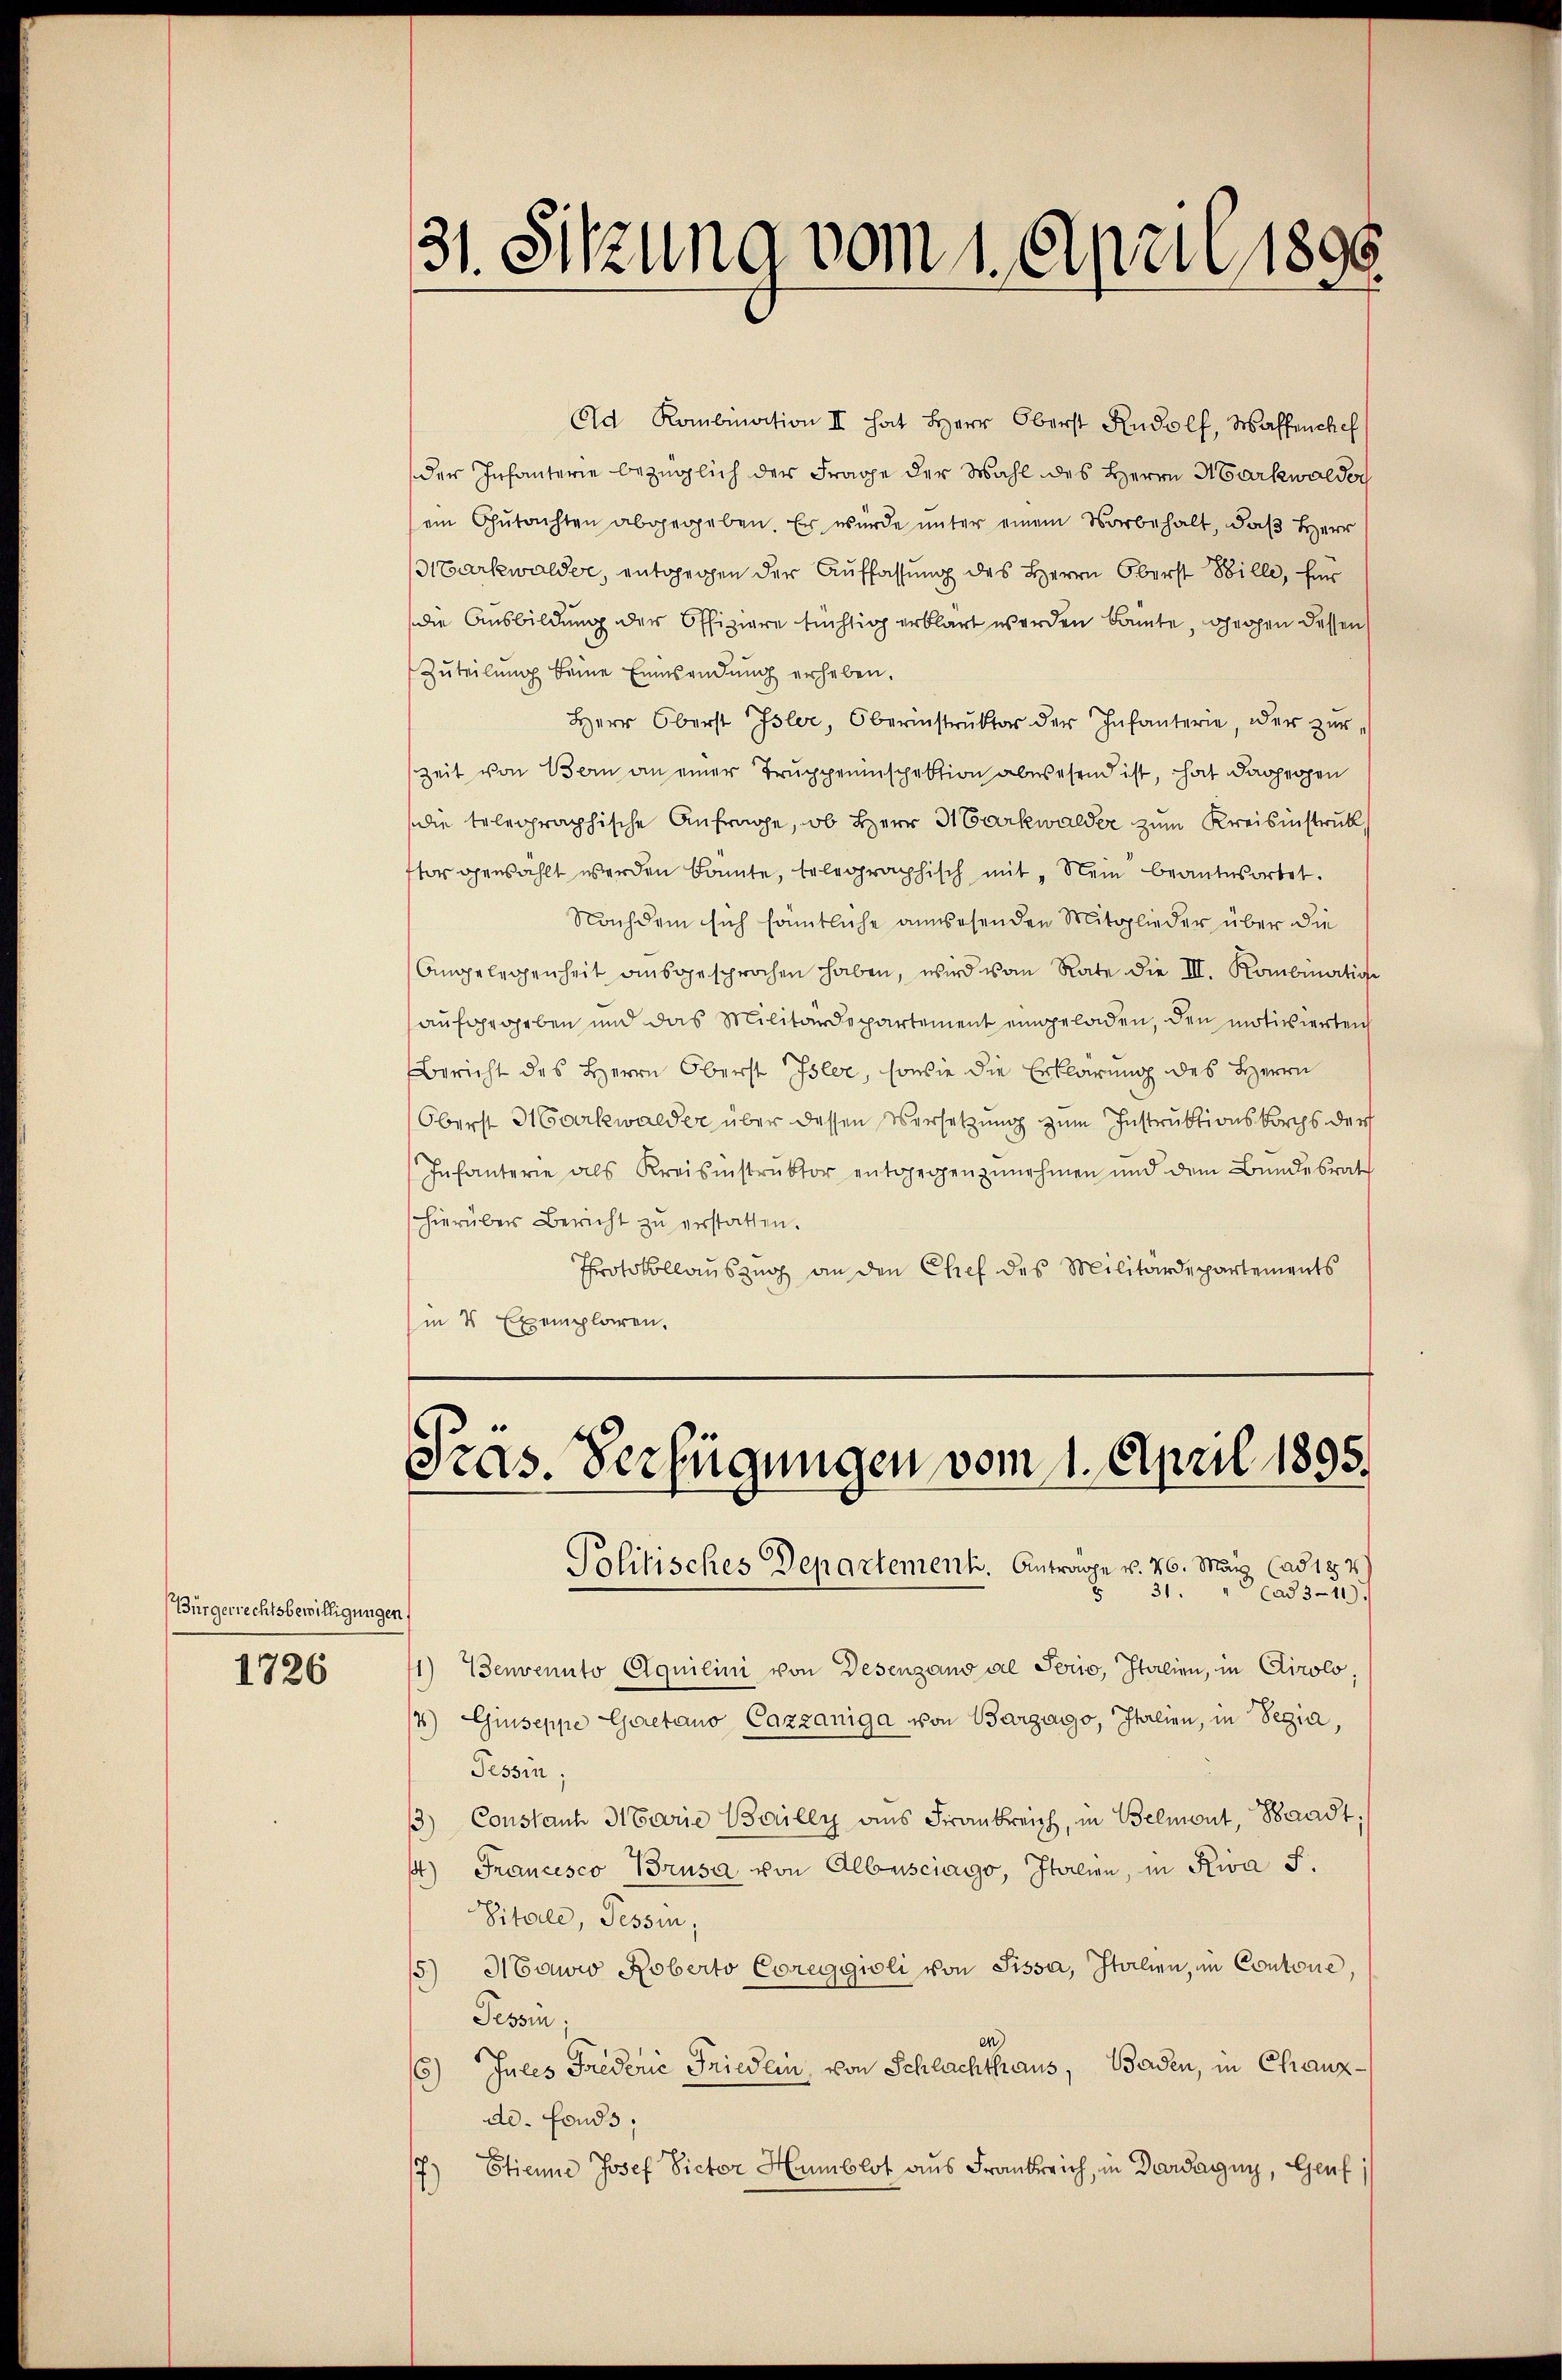
(Bürgerrechtsbewilligungen.

1726

Ad Kombination II hat Herr Oberst Rudolf, Waffenchef
der Infanterie bezüglich der Frage der Wahl des Herrn Markwalder
ein Gutachten abgegeben. Er wurde unter einem Vorbehalt, daß Herr
Markwalder, entgegen der Auffassung des Herrn Oberst Bille, für
die Ausbildung der Offiziere tüchtig erklärt werden kannte, gegen dessen
Zŭteilŭng keine Einwendung erheben.
Herr Oberst Isler, Oberinstrŭktor der Infanterie, oder zur
Zeit von Bern an einer Truppeninspektion abwesend ist, hat dagegen
die telegraphische Anfrage, ob Herr Harkwalder zum Kreisinstruk
flor gewählt werden kannte, belegraphisch mit "Nein beantwortet.
Nachdem sich sämtliche anwesenden Mitglieder über die
Angelegenheit aŭsgesprochen haben, wird vom Rate die III. Kombinative
aufgegeben und das Militärdepartement eingeladen, den motiswertens
Bericht des Herrn Oberst Isler, sowie die Erklärung des Herrn
Oberst Markwalder über dessen Versetzung zum Instruktionskorchs der
Infanterie als Kreisinstruktor entgegenzunehmen und dem Bundesrat
hierüber Bericht zŭ erstatten.
Protokollauszug an den Chef des Militärdepartements
in 4 Exemplaren.

31. Sitzung vom 1. April 1896.

31. " Ca83-11)
1) Benvenuto Equilini von Desenzano al Perio, Italien, in Airolo,
4) Giuseppe Gaetano Cazzaniga von Barzago, Italien, in Segia,
Tessin;
3) Constant Marie Bailly aus Frankreich, in Belmont, Waadt
4) Francisco Brusa von Albersciago, Italien, in Riva S.
Vitale, Tessin,
Howio Roberto Coreggioli von Sissa, Italien, im Contone,
2)
Tessin;
6) Jules Frederie Friedern, von Schlachthaus, Baden, in Chanzde. Fonds;
 Etienne Josef Victor Humblot aus Frankreich, in Dardagin, Genf

/
Pras. Verfügungen vom 1. April 1895.
Politisches Departement. Antrage v. 26. März (ad 184